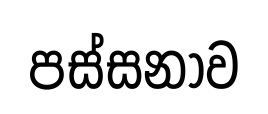
පස්සනාව